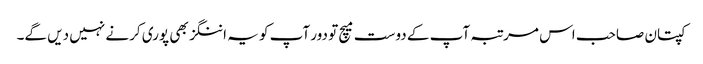
کپتان صاحب اس مرتبہ آپ کے دوست میچ تو دور آپ کو یہ اننگز بھی پوری کرنے نہیں دیں گے۔